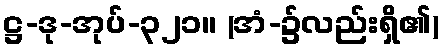
ဋ္ဌ-ဒု-အုပ်-၃၂၁။ (အံ-၌လည်းရှိ၏)